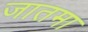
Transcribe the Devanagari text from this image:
जातमा